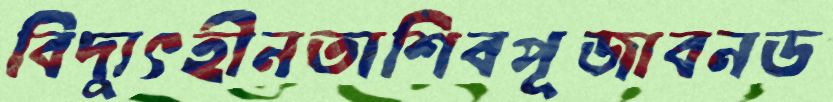
বিদ্যুৎহীনতাশিবপূজাবনড